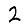
Digit: 2